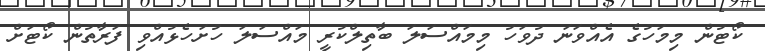
ކޯޓުން މިމަހުގެ އެއްވަނަ ދުވަހު މިމައްސަލަ ބާތިލްކުރީ މައްސަލަ ހުށަހެޅުއްވި ފަރާތުން ކޯޓަށް